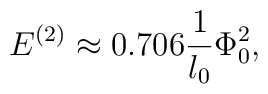
E^{(2)} \approx 0.706 \frac{1}{l_0} \Phi^2_0,